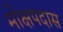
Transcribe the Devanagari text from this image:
मोक्षपदास